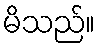
မိသည်။